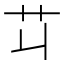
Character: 𦫶